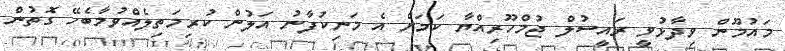
މައުމޫން ވިދާޅުވީ ރައީސުލް ޖުމްހޫރިއްޔާ ކަމަށް އެ މަނިކުފާނު އަލުން ކުރިމަތިލެއްވުމާބެހޭ ގޮތުން